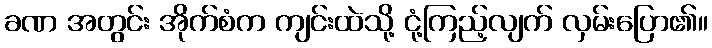
ခဏ အတွင်း အိုက်စံက ကျင်းထဲသို့ ငုံ့ကြည့်လျက် လှမ်းပြော၏။